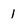
Character: 1